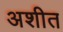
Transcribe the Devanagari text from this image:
अशीत